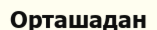
Орташадан